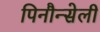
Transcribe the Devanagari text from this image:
पिनौन्सेली